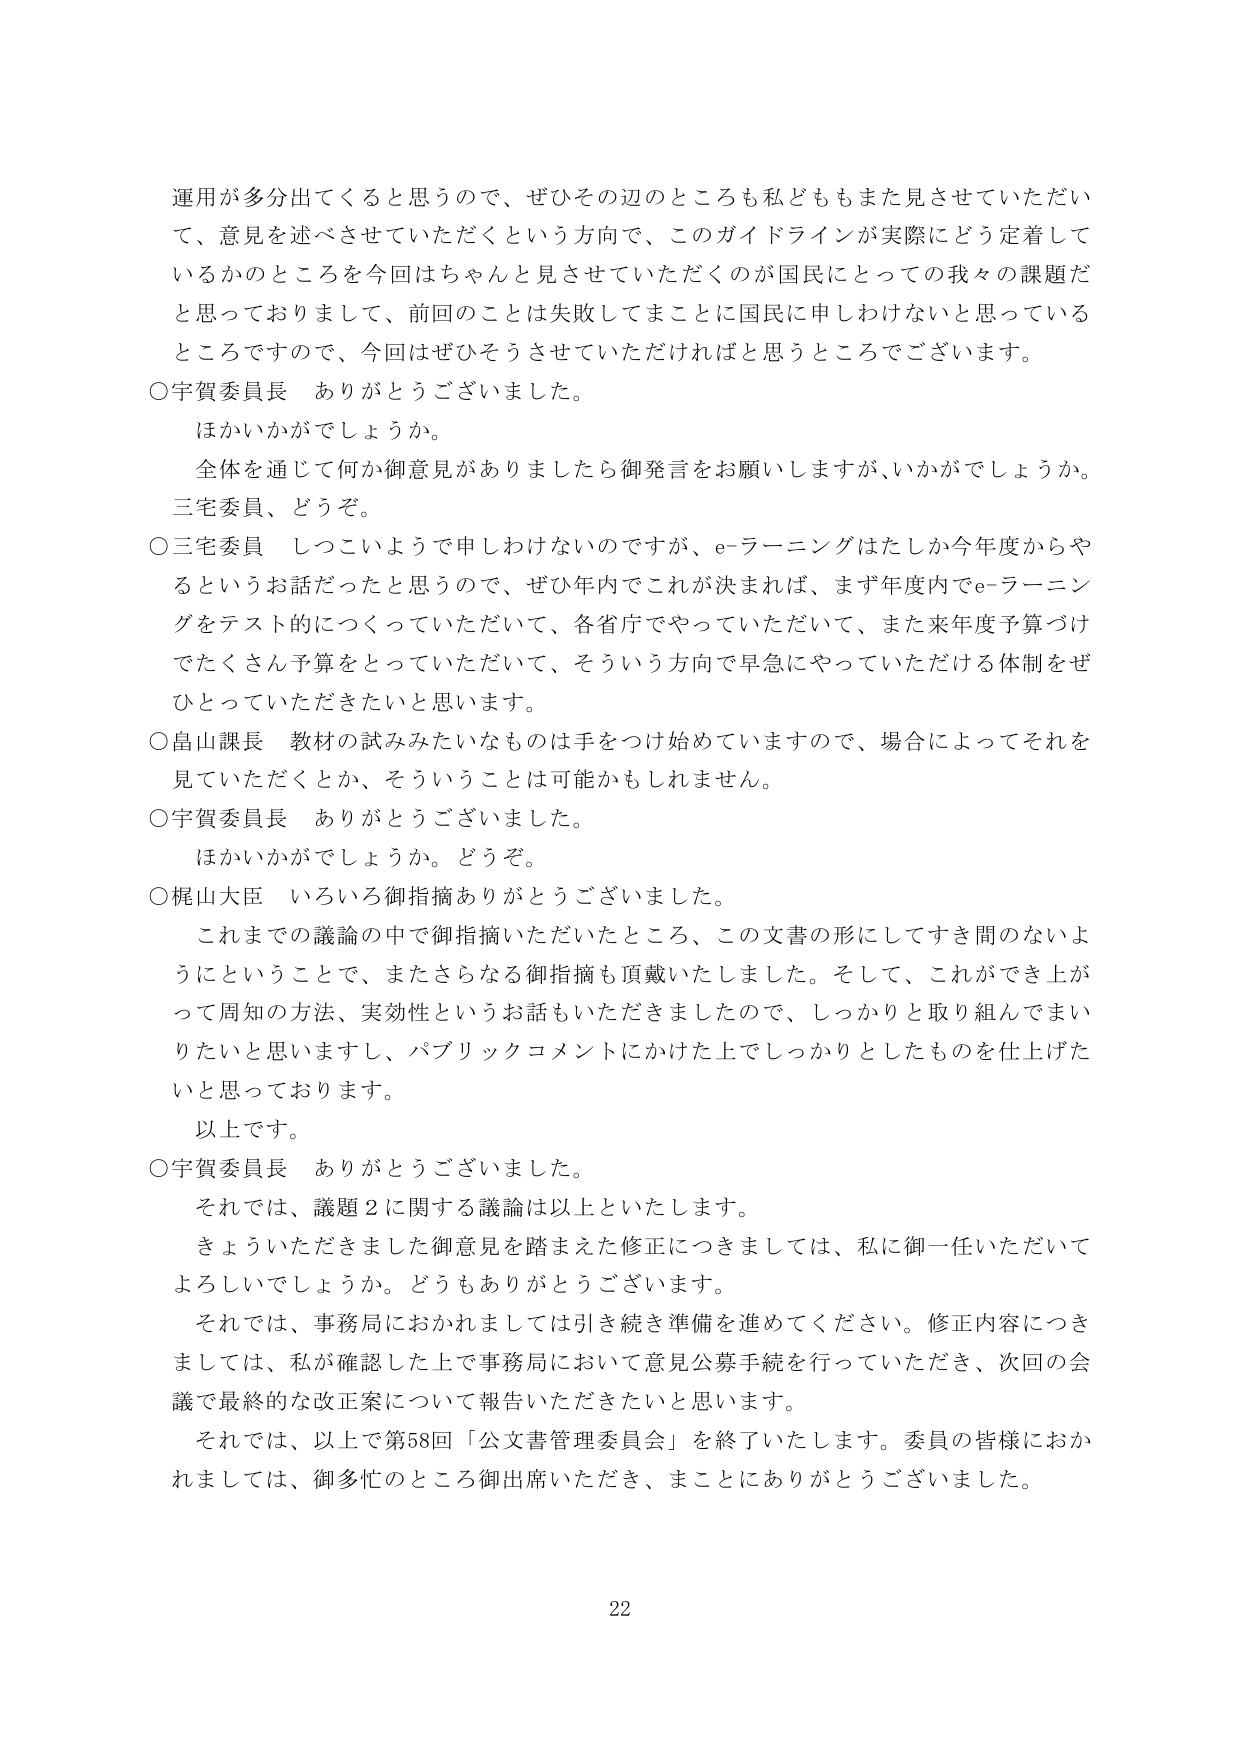
運用が多分出てくると思うので、ぜひその辺のところも私どももまた見させていただいて、意見を述べさせていただくという方向で、このガイドラインが実際にどう定着しているかのところを今回はちゃんと見させていただくのが国民にとっての我々の課題だと思っておりまして、前回のことは失敗してまことに国民に申しわけないと思っているところですので、今回はぜひそうさせていただければと思うところでございます。

○宇賀委員長　ありがとうございました。
　　ほかいかがでしょうか。
　　全体を通じて何か御意見がありましたら御発言をお願いしますが、いかがでしょうか。三宅委員、どうぞ。

○三宅委員　しつこいようで申しわけないのですが、e-ラーニングはたしか今年度からやるというお話だったと思うので、ぜひ年内でこれが決まれば、まず年度内でe-ラーニングをテスト的につくっていただいて、各省庁でやっていただいて、また来年度予算づけでたくさん予算をとっていただいて、そういう方向で早急にやっていただける体制をぜひとっていただきたいと思います。

○畠山課長　教材の試みみたいなものは手をつけ始めていますので、場合によってそれを見ていただくとか、そういうことは可能かもしれません。

○宇賀委員長　ありがとうございました。
　　ほかいかがでしょうか。どうぞ。

○梶山大臣　いろいろ御指摘ありがとうございました。
　　これまでの議論の中で御指摘いただいたところ、この文書の形にしてすき間のないようにということで、またさらなる御指摘も頂戴いたしました。そして、これができ上がって周知の方法、実効性というお話もいただきましたので、しっかりと取り組んでまいりたいと思いますし、パブリックコメントにかけた上でしっかりとしたものを仕上げたいと思っております。
　　以上です。

○宇賀委員長　ありがとうございました。
　　それでは、議題２に関する議論は以上といたします。
　　きょういただきました御意見を踏まえた修正につきましては、私に御一任いただいてよろしいでしょうか。どうもありがとうございます。
　　それでは、事務局におかれましては引き続き準備を進めてください。修正内容につきましては、私が確認した上で事務局において意見公募手続を行っていただき、次回の会議で最終的な改正案について報告いただきたいと思います。
　　それでは、以上で第58回「公文書管理委員会」を終了いたします。委員の皆様におかれましては、御多忙のところ御出席いただき、まことにありがとうございました。

22